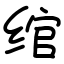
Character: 绾